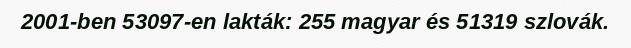
2001-ben 53097-en lakták: 255 magyar és 51319 szlovák.